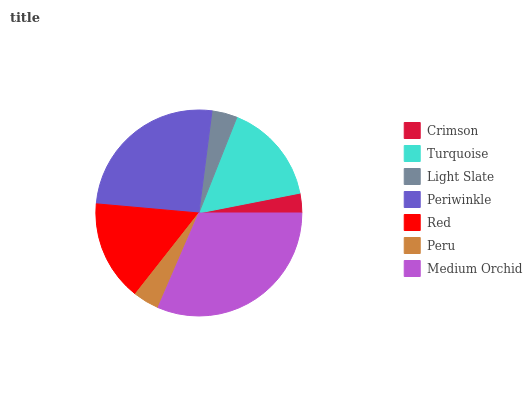
| Crimson | Turquoise | Light Slate | Periwinkle | Red | Peru | Medium Orchid |
 | --- | --- | --- | --- | --- | --- | --- |
 | 3.09% | 15.9% | 3.98% | 25.6% | 15.8% | 4.11% | 31.5% |